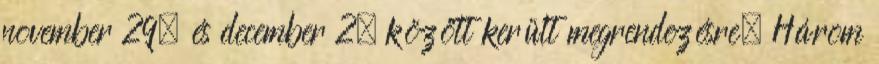
november 29. és december 2. között került megrendezésre. Három